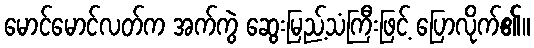
မောင်မောင်လတ်က အက်ကွဲ ဆွေးမြည့်သံကြီးဖြင့် ပြောလိုက်၏။